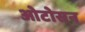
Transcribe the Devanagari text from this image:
ओटोसन